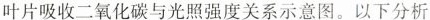
叶片吸收二氧化碳与光照强度关系示意图。以下分析